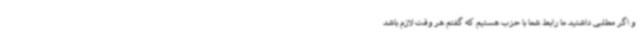
و اگر مطلبی داشتید ما رابط شما با حزب هستیم که گفتم هر وقت لازم باشد